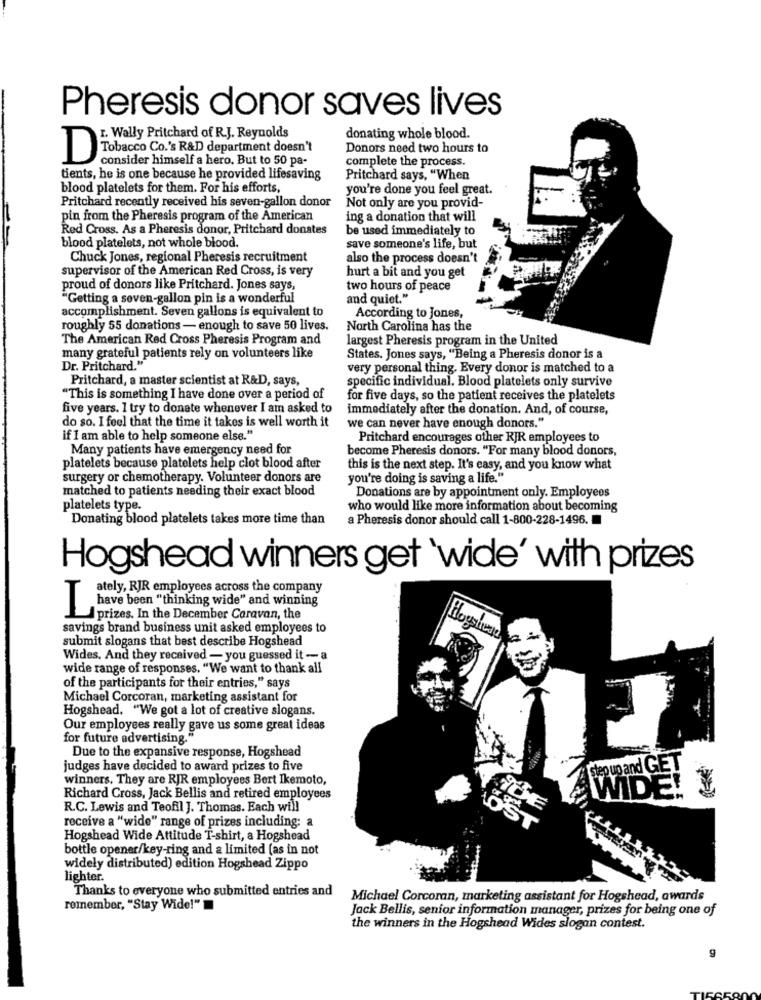
Pheresis donor saves lives
Wally Pritchard of R.J. Reynolds
donating whole blood.
Donors need two hours to
1 Tobacco Co.'s R&D department doesn't
consider himself a hero. But to 50 pa-
complete the process.
tients, he is one because he provided lifesaving
Pritchard says, "When
blood platelets for them. For his efforts,
you're done you feel great.
Pritchard recently received his seven-gallon donor
Not only are you provid-
pin from the Pheresis program of the American
ing a donation that will
Red Cross. As a Pheresis donor, Pritchard donates
be used immediately to
blood platelets, not whole blood.
save someone's life, but
Chuck Jones, regional Pheresis recruitment
also the process doesn't
supervisor of the American Red Cross, is very
hurt a bit and you get
proud of donors like Pritchard. Jones says,
two hours of peace
"Getting a seven-gallon pin is a wonderful
and quiet."
accomplishment. Seven gallons is equivalent to
According to Jones,
roughly 55 donations - enough to save 50 lives.
North Carolina has the
The American Red Cross Pheresis Program and
largest Pheresis program in the United
many grateful patients rely on volunteers like
States. Jones says, "Being a Pheresis donor is a
Dr. Pritchard."
very personal thing. Every donor is matched to a
Pritchard, a master scientist at R&D, says,
specific individual. Blood platelets only survive
"This is something I have done over a period of
for five days, so the patient receives the platelets
five years. 1 try to donate whenever I am asked to
immediately after the donation. And, of course,
do so. I feel that the time it takes is well worth it
we can never have enough donors."
if I am able to help someone else."
Pritchard encourages other RJR employees to
Many patients have emergency need for
become Pheresis donors. "For many blood donors,
platelets because platelets help clot blood after
this is the next step. It's easy, and you know what
surgery or chemotherapy. Volunteer donors are
you're doing is saving a life."
matched to patients needing their exact blood
Donations are by appointment only. Employees
platelets type.
who would like more information about becoming
Donating blood platelets takes more time than
a Pheresis donor should call 1-800-228-1496.
Hogshead winners get 'wide' with prizes
ately, RJR employees across the company
have been "thinking wide" and winning
prizes. In the December Caravan, the
savings brand business unit asked employees to
Hogyheat
submit slogans that best describe Hogshead
Wides. And they received - you guessed it - a
wide range of responses. "We want to thank all
of the participants for their entries," says
Michael Corcoran, marketing assistant for
Hogshead. "We got a lot of creative slogans.
Our employees really gave us some great ideas
for future advertising."
Due to the expansive response, Hogshead
judges have decided to award prizes to five
step up and GET
winners. They are RJR employees Bert Ikemoto,
WIDE! ¥
Richard Cross, Jack Bellis and retired employees
R.C. Lewis and Teofil J. Thomas. Each will
receive a "wide" range of prizes including: a
Hogshead Wide Attitude T-shirt, a Hogshead
bottle opener/key-ring and a limited (as in not
widely distributed) edition Hogshead Zippo
lighter.
Thanks to everyone who submitted entries and
Michael Corcoran, marketing assistant for Hogshead, awards
remember, "Stay Wide!"
Jack Bellis, senior information manager, prizes for being one of
the winners in the Hogshead Wides slogan contest.